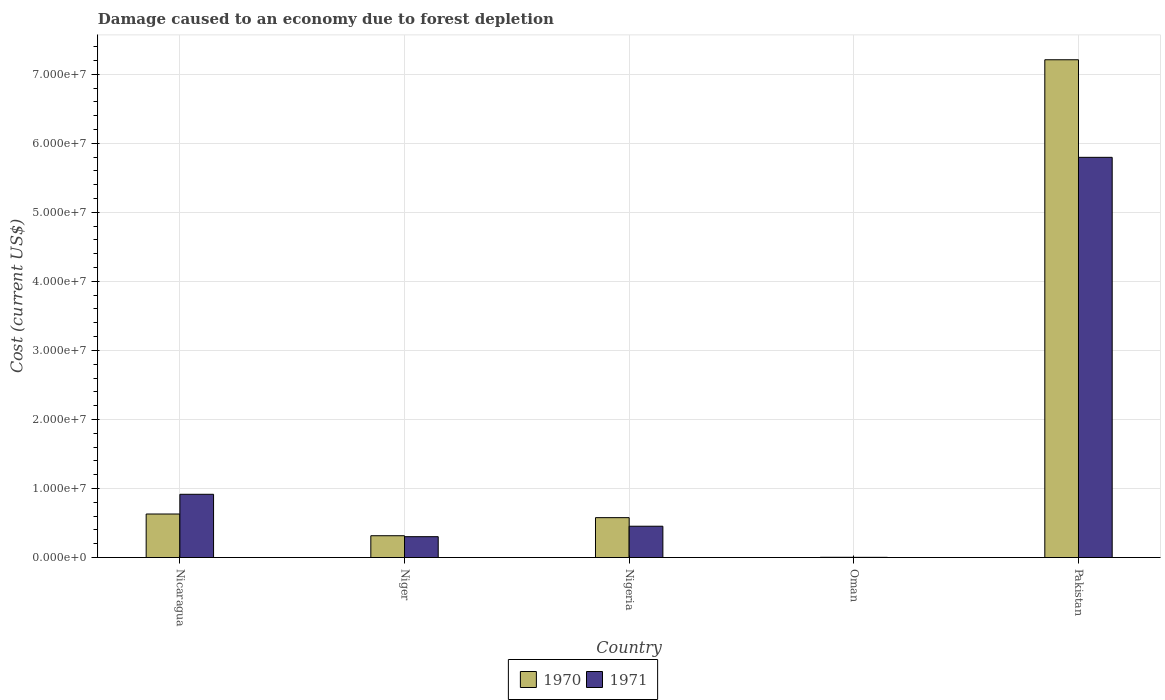
| Country | 1970 | 1971 |
 | --- | --- | --- |
 | Nicaragua | 6.3e+06 | 9.16e+06 |
 | Niger | 3.16e+06 | 3.02e+06 |
 | Nigeria | 5.77e+06 | 4.53e+06 |
 | Oman | 3.33e+04 | 2.65e+04 |
 | Pakistan | 7.21e+07 | 5.8e+07 |